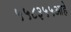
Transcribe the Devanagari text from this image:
५५८३५५आहे